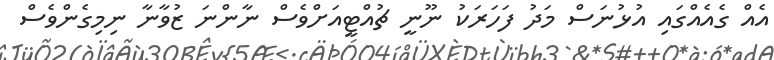
އެއް ގެއެއްގައި އުޅުނަސް މަދު ފަހަރަކު ނޫނީ ޗުއްޓީއަށްވެސް ނާންނަ ޒުވާނާ ނިމިގެންވެސް